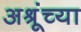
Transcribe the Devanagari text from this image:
अश्रूंच्या